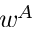
w ^ { A }